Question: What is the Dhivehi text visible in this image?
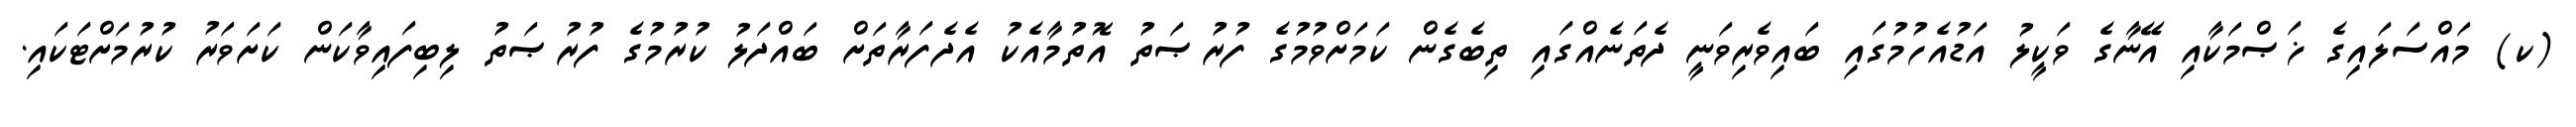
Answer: (ކ) މައްސަލައިގެ ޚަޞްމަކާއި އޭނާގެ ވަކީލު އަޑުއެހުމުގައި ބައިވެރިވަނީ ދެތަނެއްގައި ތިބެގެން ކަމަށްވުމުގެ ފުރުޞަތު އޮތުމާއެކު އެދެފަރާތަށް ބައްދަލު ކުރުމުގެ ފުރުޞަތު ލިބިފައިވާކަން ކަށަވަރު ކުރުމަށްޓަކައި.